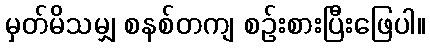
မှတ်မိသမျှ စနစ်တကျ စဉ်းစားပြီးဖြေပါ။